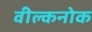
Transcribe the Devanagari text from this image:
वील्कनोक